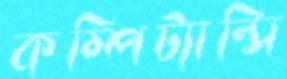
কম্পিট্যান্সি